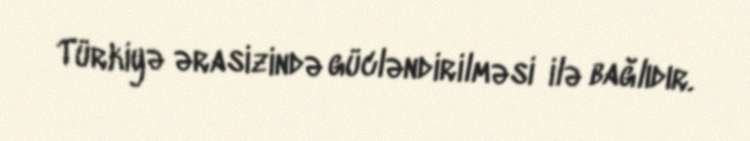
Türkiyə ərasizində gücləndirilməsi ilə bağlıdır.